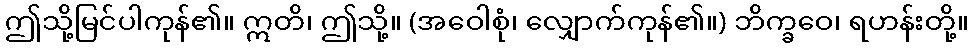
ဤသို့မြင်ပါကုန်၏။ ဣတိ၊ ဤသို့။ (အဝေါစုံ၊ လျှောက်ကုန်၏။) ဘိက္ခဝေ၊ ရဟန်းတို့။